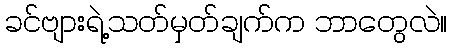
ခင်ဗျားရဲ့သတ်မှတ်ချက်က ဘာတွေလဲ။